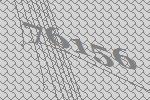
76156